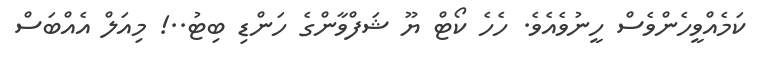
ކަމެއްވީހެންވެސް ހީނުވެއެވެ. ހެހެ ކޯޓް ޔޫ ޝަފްވާންގެ ހަންޑި ބިޓު..! މިއަލް އެއްބަސް